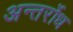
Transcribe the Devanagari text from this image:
अन्तर्रोध